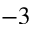
- 3